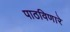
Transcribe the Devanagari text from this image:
पाठविणारे